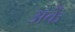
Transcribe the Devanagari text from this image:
अर्के